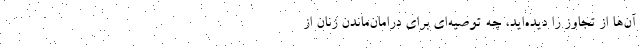
آن‌ها از تجاوز را دیده‌اید، چه توصیه‌ای برای درامان‌ماندن زنان از